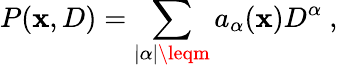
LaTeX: P(\mathbf{x},D)=\sum_{|\alpha|\leqm}a_{\alpha}(\mathbf{x})D^{\alpha}\ ,